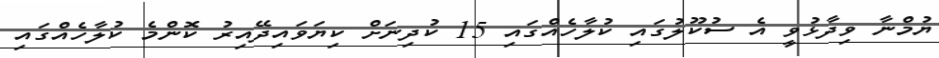
ޔުމްނާ ވިދާޅުވީ އެ ސުކޫލުގައި ކުލާހެއްގައި 15 ކުދިނަށް ކިޔަވައިދޭއިރު ކޮންމެ ކުލާހެއްގައި